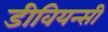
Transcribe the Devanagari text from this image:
डीवियन्सी